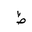
Letter: _za